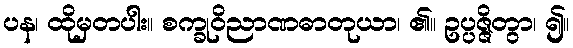
ပန၊ ထိုမှတပါး။ စက္ခုဝိညာဏဓာတုယာ၊ ၏။ ဥပ္ပဇ္ဇိတွာ၊ ၍။